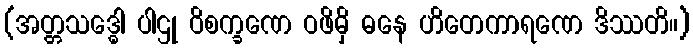
(အတ္တသဒ္ဓေါ ပါဌု ဝိစက္ခဏေ ဝဖိမှိ ဓနေ ဟိတေကာရဏေ ဒိဿတိ။)